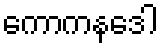
ကောကနဒေါ